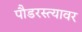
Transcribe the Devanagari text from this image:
पौडरस्त्यावर